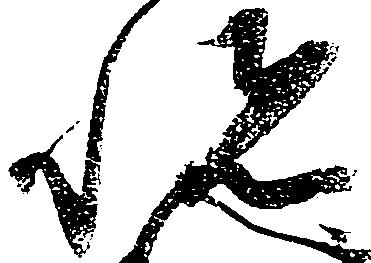
悦